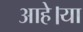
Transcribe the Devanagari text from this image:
आहे।या